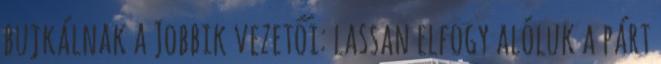
bujkálnak a Jobbik vezetői: lassan elfogy alóluk a párt